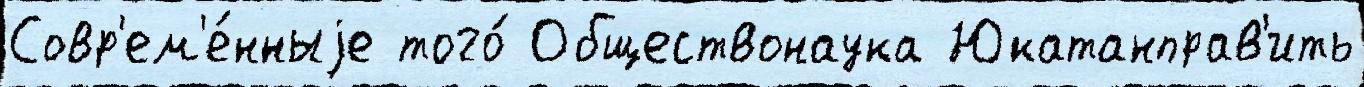
Совр'ем'е́нныjе того́ Обществонаука Юкатанправ'ить